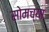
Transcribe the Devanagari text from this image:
सोमच्या